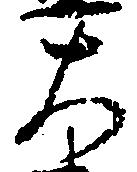
大